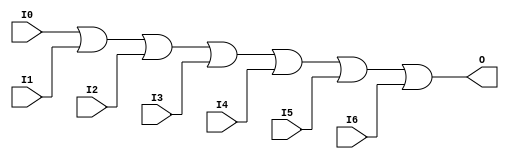
module X_OR7 (O, I0, I1, I2, I3, I4, I5, I6);

  output O;
  input I0, I1, I2, I3, I4, I5, I6;

  or (O, I0, I1, I2, I3, I4, I5, I6);

  specify

	(I0 => O) = (0:0:0, 0:0:0);
	(I1 => O) = (0:0:0, 0:0:0);
	(I2 => O) = (0:0:0, 0:0:0);
	(I3 => O) = (0:0:0, 0:0:0);
	(I4 => O) = (0:0:0, 0:0:0);
	(I5 => O) = (0:0:0, 0:0:0);
	(I6 => O) = (0:0:0, 0:0:0);

	specparam PATHPULSE$ = 0;

  endspecify

endmodule